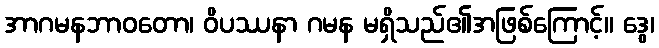
အာဂမနဘာဝတော၊ ဝိပဿနာ ဂမန မရှိသည်၏အဖြစ်ကြောင့်။ ဒွေ၊